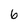
Character: 6